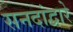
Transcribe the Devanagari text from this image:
सनदांद्वारे